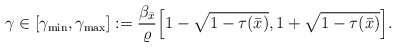
\begin{align*}\gamma \in [\gamma_{\mathrm{min}}, \gamma_{\mathrm{max}}]:= \frac{\beta_{\bar{x}}}{\varrho}\Big[ 1-\sqrt{1-\tau(\bar{x})},1+\sqrt{1-\tau(\bar{x})} \Big].\end{align*}